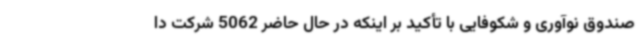
صندوق نوآوری و شکوفایی با تأکید بر اینکه در حال حاضر 5062 شرکت دا